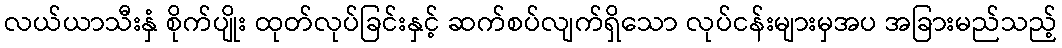
လယ်ယာသီးနှံ စိုက်ပျိုး ထုတ်လုပ်ခြင်းနှင့် ဆက်စပ်လျက်ရှိသော လုပ်ငန်းများမှအပ အခြားမည်သည့်